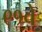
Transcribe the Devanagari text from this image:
९१वे